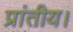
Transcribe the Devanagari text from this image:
प्रांतीय।